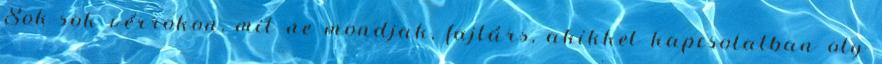
Sok-sok vérrokon, mit ne mondjak, fajtárs, akikkel kapcsolatban oly